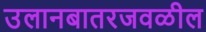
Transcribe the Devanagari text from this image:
उलानबातरजवळील